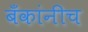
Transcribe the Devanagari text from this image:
बँकांनीच